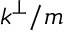
k ^ { \perp } / m